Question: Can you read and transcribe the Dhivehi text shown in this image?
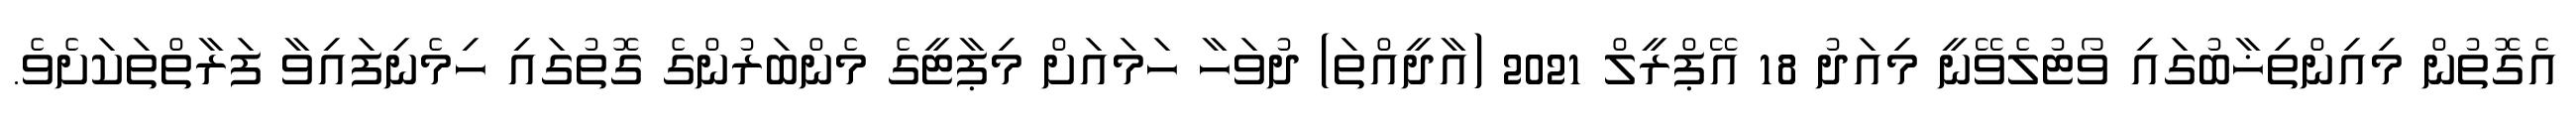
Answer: އެގޮތުން މިއިންތިޚާބުގައި ވޯޓުލެވޭނީ މިއަދު 18 އޭޕްރީލް 2021 (އާދީއްތަ) ދުވަހާ ހަމައަށް މިޕާޓީގެ މެންބަރުންގެ ގޮތުގައި ހިމެނިފައިވާ ފަރާތްތަކަށެވެ.